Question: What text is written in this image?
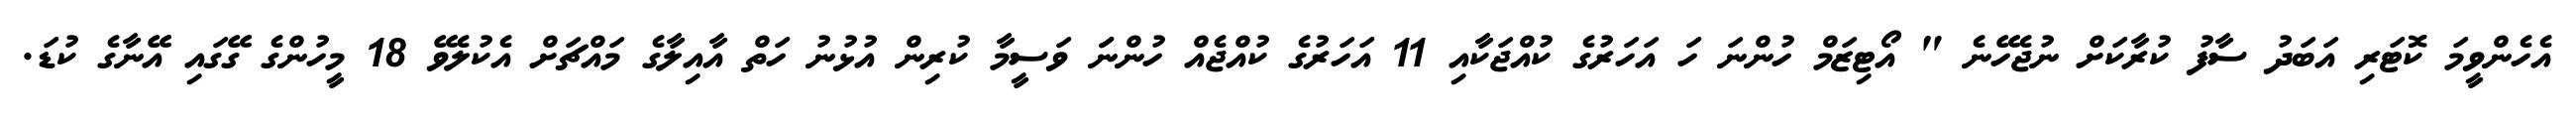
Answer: އެހެންވީމަ ކޮޓަރި އަބަދު ސާފު ކުރާކަށް ނުޖެހޭނެ " އޯޓިޒަމް ހުންނަ ހަ އަހަރުގެ ކުއްޖަކާއި 11 އަހަރުގެ ކުއްޖެއް ހުންނަަ ވަސީމާ ކުރިން އުޅުނު ހަތް އާއިލާގެ މައްޗަށް އެކުލެވޭ 18 މީހުންގެ ގޭގައި އޭނާގެ ކުޑަ.